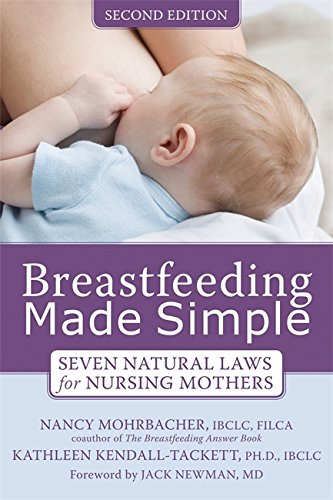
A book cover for Breastfeeding Made Simple: Seven Natural Laws for Nursing Mothers; Nancy Mohrbacher; Parenting & Relationships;